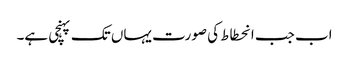
اب جب انحطاط کی صورت یہاں تک پہنچی ہے۔